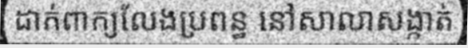
ដាក់ពាក្យលែងប្រពន្ធ នៅសាលាសង្កាត់